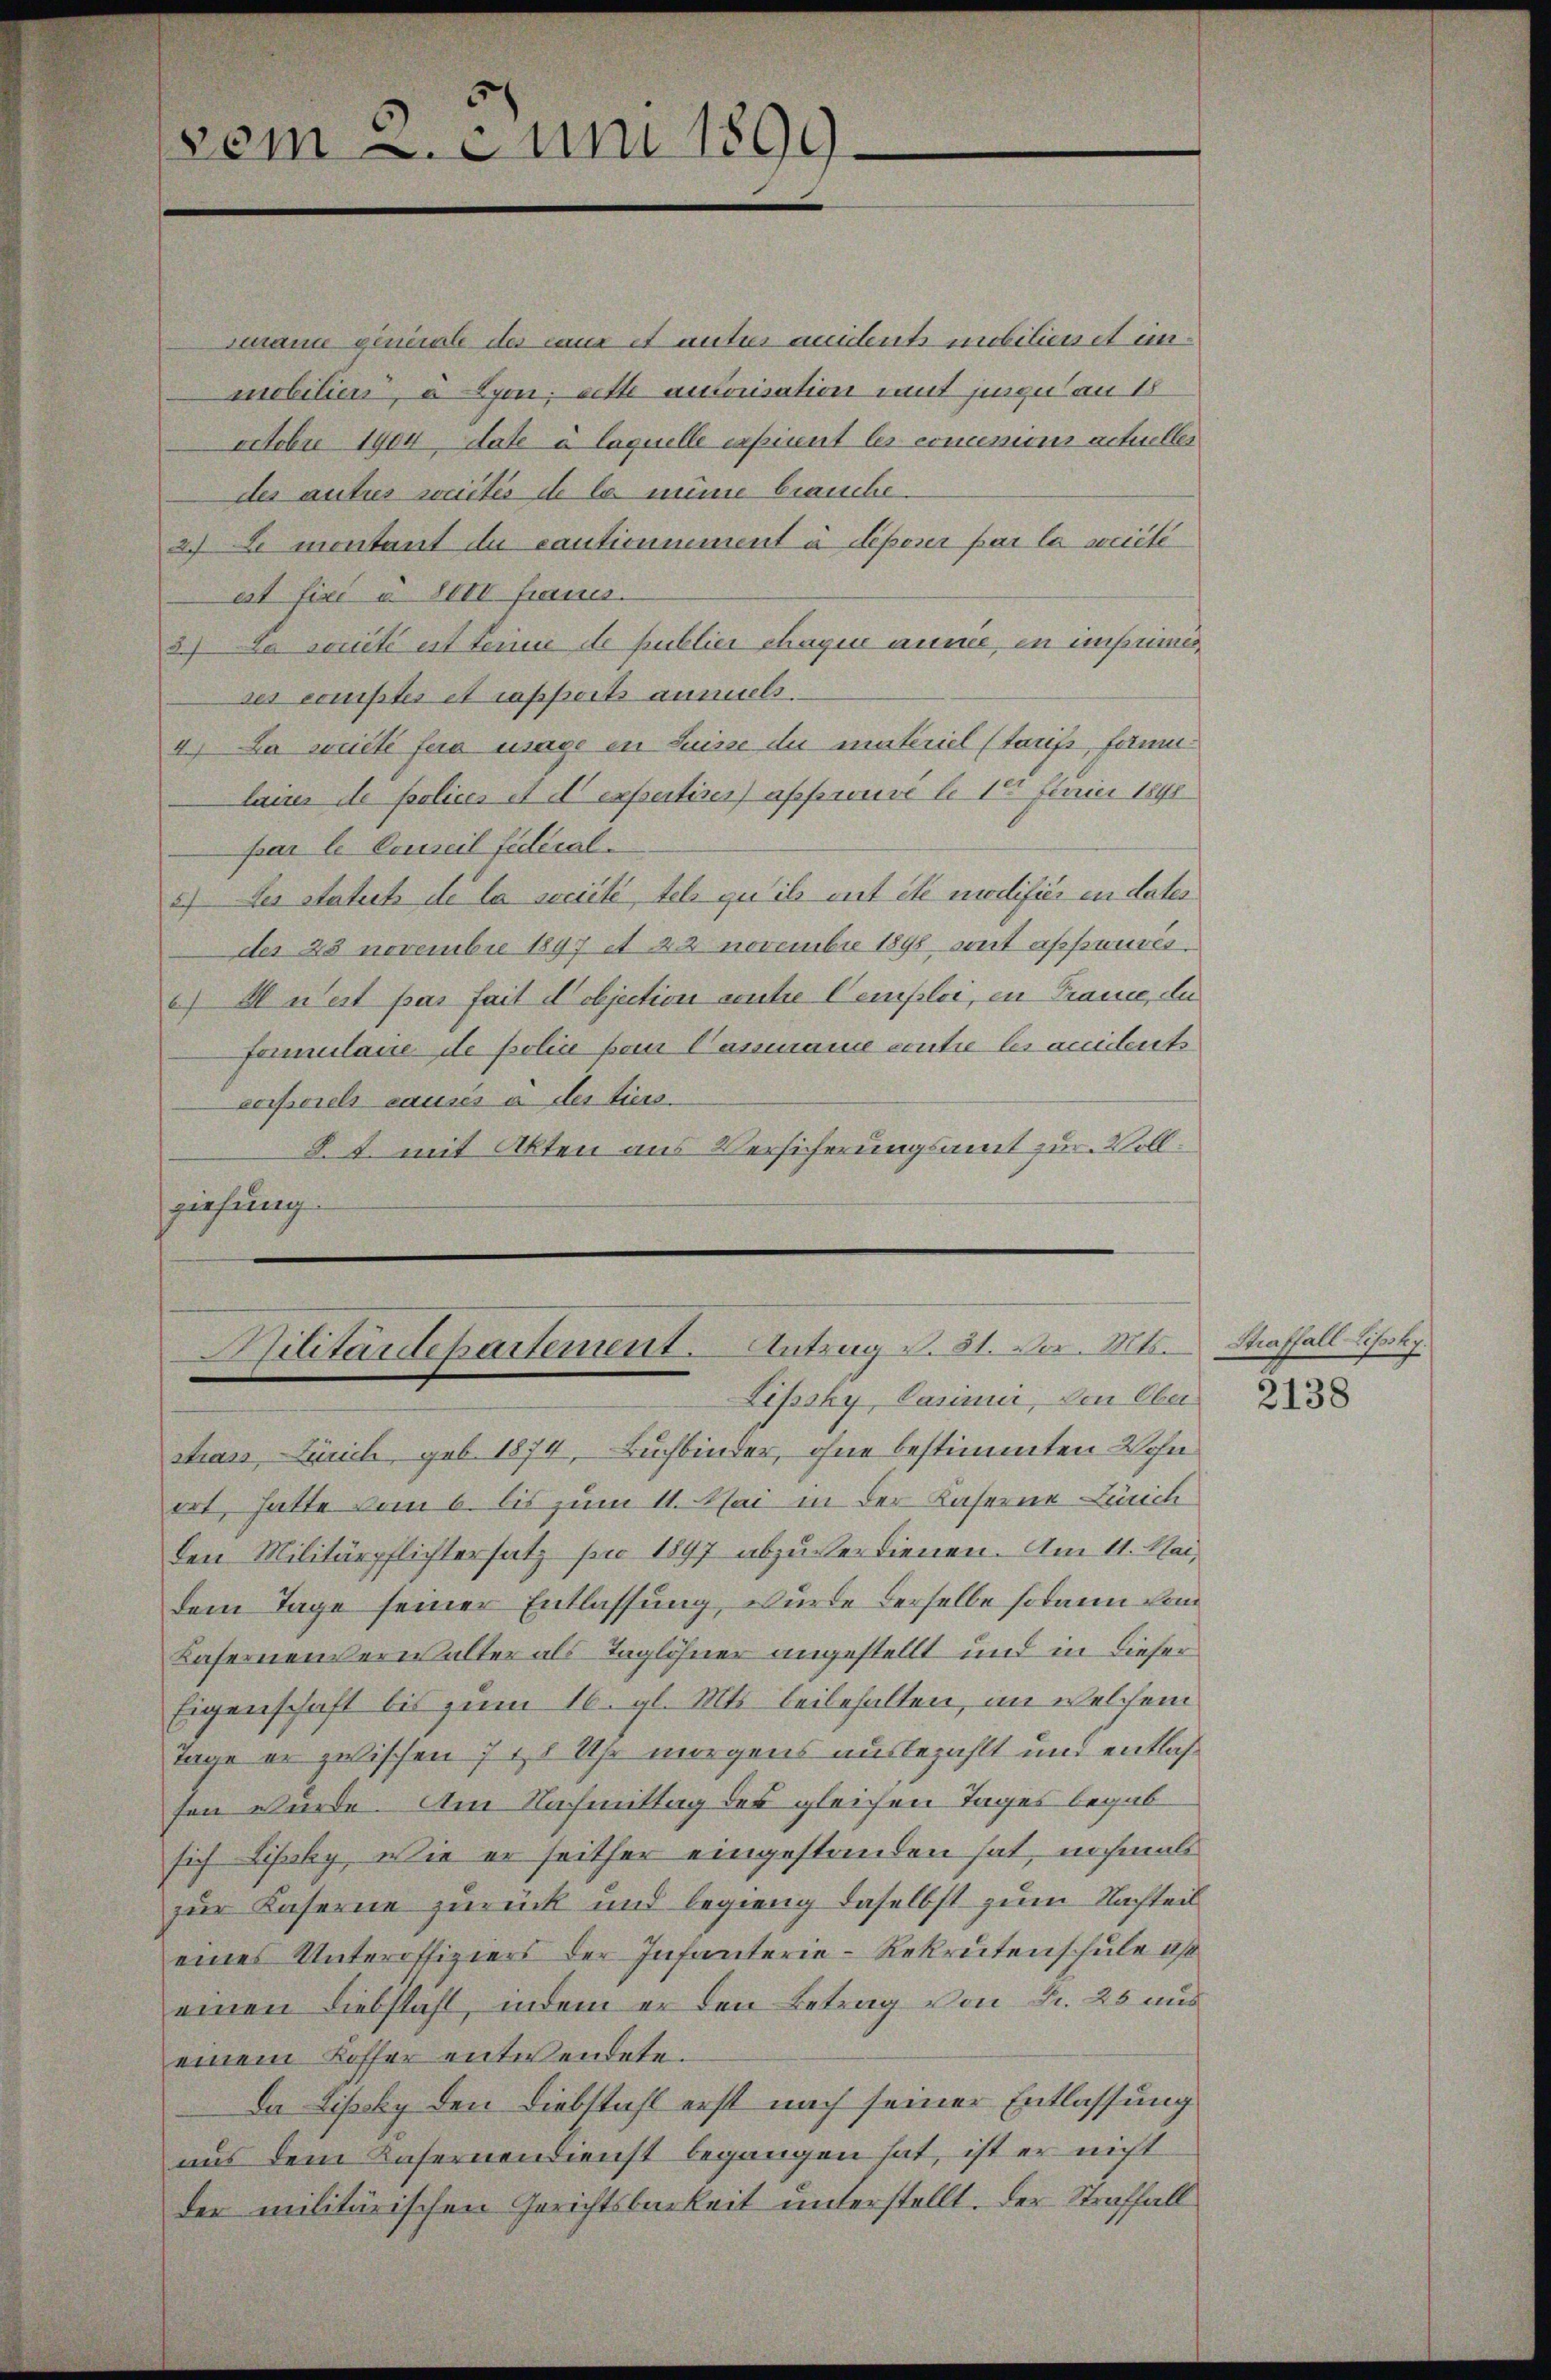
vom Juni 1899.

mmanne generale des canc et unter andent mobilienet unmobilien, u Lyon, rette autorisation mit junge an 18
octobre 1904, date à laquelle expirent les commen actueller
des autres somités de la mine brauche
2) u. montant du cautionnement à deponer par la weite
est fixi u. XIII francs.
3) Da somité est tenu de publier chagen aume, in imprimides comptes et rapports anmels.
4.) Da weite fera mage in Suisse du materiel (Tarifs, fernelains de Polices et d expertirer) approuve le 18 Junii 1890
par le Conseil fideral¬
2) Der Statuts de la société, tels gut ihr gut etc modifier in dater
der 23 novembre 1897 et 22 novembre 1895 aut approuver¬
6) M Wert pas fait objection contre Cemploi, in Trance, du
formulause de police von Cammann contie les anidents
Porfscrels causes a der liess.
8t. mit Akten aus Versicherungsamt zur Vollziehung

Zuitardepartement. Antrag d. 31. d. Mts.
Lipssky, Pasimir, den Ober¬

strass, Zürich, geb. 1874, Buchbinder, ohne bestimmten Wohn
ort, hatte vom 6. bis zum 11. Mai in der Kaserne Leich
den Militärpflichtersatz pro 1897 abzuverdienen. Am 11. Mai,
dem Tage seiner Entlassung, wurde derselbe sodann vom
Bafernenverwalter als Taglöhner angestellt und in dieser
Eigenschaft bis zum 16. gl. Mts. beibehalten, im welchem
Tage er zwischen 7 20 Uhr morgens ausbezahlt und entlassen würde. Am Nachmittag des gleichen Tages begabsich Lifsky wie er seither eingestanden hat, nochmals
zur Kaserne zurück und begieng daselbst zum Nachteil
eines Unteroffiziers der Infanterie-Rekrutenschule as
einen Liebstahl, indem er den Betrag von Fr. 25 aus
einem Koffer entwendete.
Da Lisly den Diebstahl erst nach seiner Entlassung
aus dem Kasernendienst begangen hat, ist er nicht
der militärischen Gerichtsbarkeit unterstellt. Der Straffall

Straffall Lisosky

2138